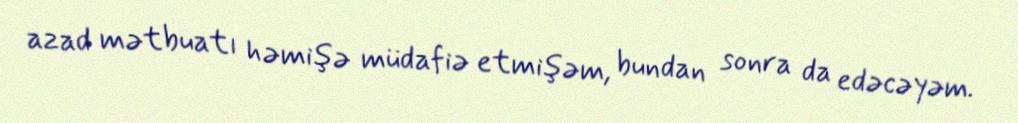
azad mətbuatı həmişə müdafiə etmişəm, bundan sonra da edəcəyəm.